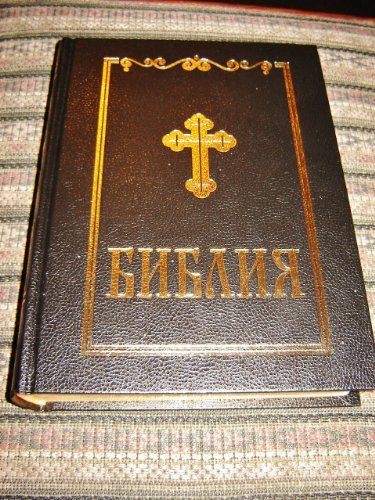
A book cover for Bulgarian Orthodox Bible / Luxury Leather Bound with Golden Edges, Huge 073DC Size / Color Maps, Supplements / Reference Family Bible; Bible Society; Travel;